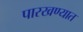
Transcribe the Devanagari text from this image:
पारखण्यात